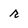
Character: r